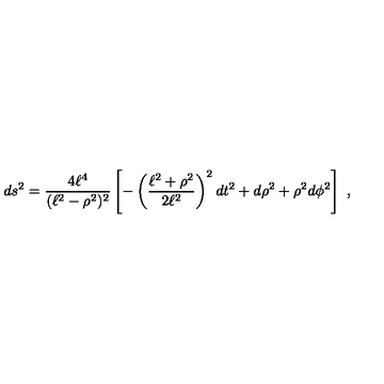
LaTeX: d s ^ { 2 } = \frac { 4 \ell ^ { 4 } } { ( \ell ^ { 2 } - \rho ^ { 2 } ) ^ { 2 } } \left[ - \left( \frac { \ell ^ { 2 } + \rho ^ { 2 } } { 2 \ell ^ { 2 } } \right) ^ { 2 } d t ^ { 2 } + d \rho ^ { 2 } + \rho ^ { 2 } d \phi ^ { 2 } \right] \ ,